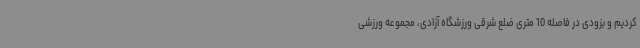
کردیم و بزودی در فاصله 10 متری ضلع شرقی ورزشگاه آزادی، مجموعه ورزشی